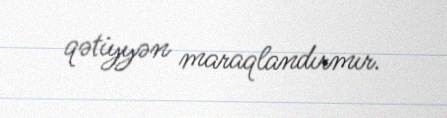
qətiyyən maraqlandırmır.